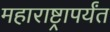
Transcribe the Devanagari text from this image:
महाराष्ट्रापर्यंत